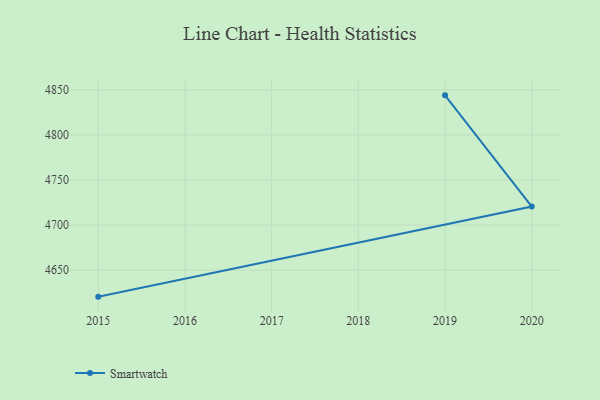
{"axis": {"x": "Year", "y": "Gross Profit (USD K)"}, "legend": ["Smartwatch"], "data": [{"x": "2015", "y": 4620.6, "type": "Smartwatch"}, {"x": "2020", "y": 4720.5, "type": "Smartwatch"}, {"x": "2019", "y": 4843.9, "type": "Smartwatch"}]}